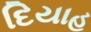
દિયાહ